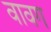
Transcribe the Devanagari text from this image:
वावग